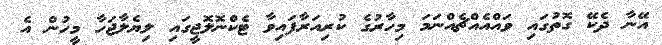
އޭނާ ދެކޭ ގޮތުގައި ވައްއެއްޗެއްނަމަ މިހާރުގެ ކުރިއަރާފައިވާ ޓެކްނޮލޮޖީގައި ލިޔެލާޖަހާ މީހުން އެ